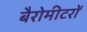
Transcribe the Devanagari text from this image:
बैरोमीटरों